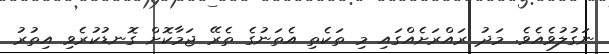
ނަަގުލުވެއެވެ. މަދު ރައްރަށެއްގައި މި ތަކެތި އެތަނުގެ ތެރޭ ޖަމާކޮށް ގޮނޑުކުރެވި އިތުރު